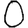
Digit: 0